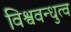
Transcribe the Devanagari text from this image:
विश्ववन्धुत्व